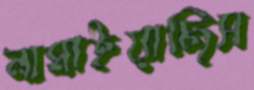
নামাইয়াছিস